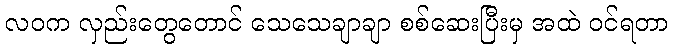
လဝက လှည်းတွေတောင် သေသေချာချာ စစ်ဆေးပြီးမှ အထဲ ဝင်ရတာ